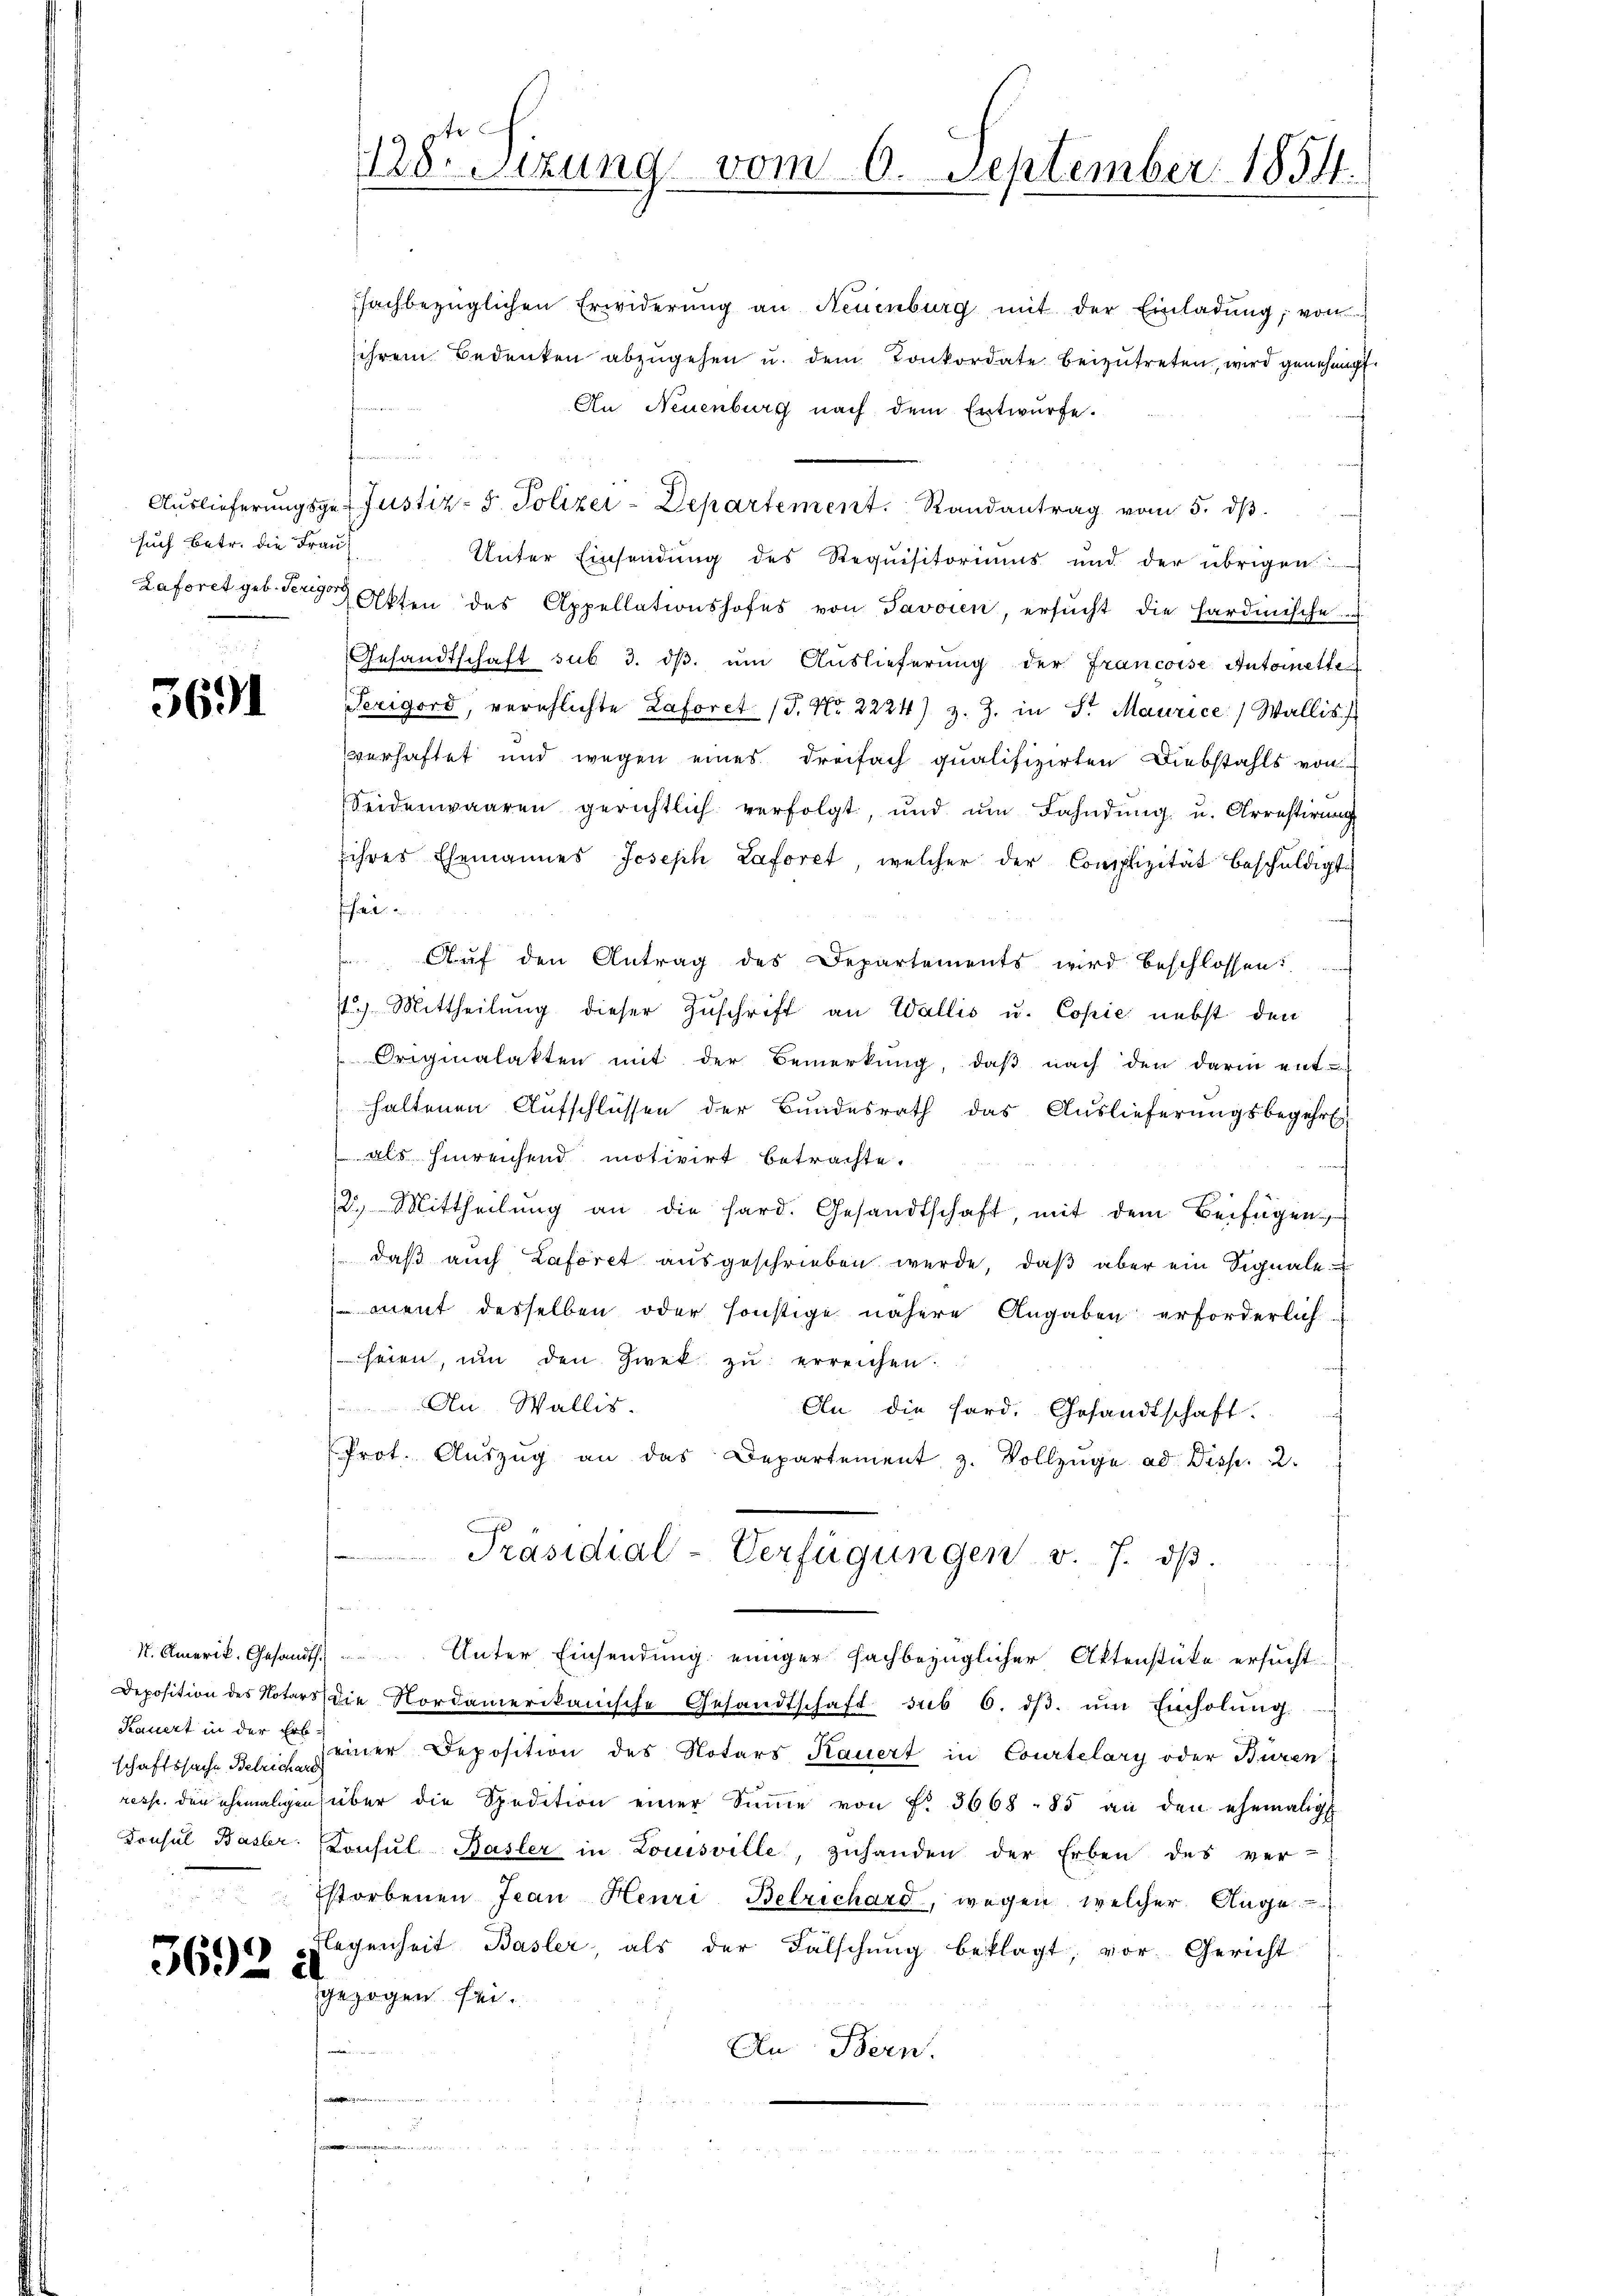
such betr. die Frau¬

5691

schaftssache Betrichard

3692

fachbezüglichen Erwiderŭng an Neuenburg mit der Einladŭng, von
ihrem Bedenken abzŭgehen u. dem Konkordate beizŭtreten, wird genehmigt.
An Neuenburg nach dem Entwurfe.
Auslieferungsge-Justiz-S. Polizei-Departement. Randantrag vom 5. ds.
Unter Einsendung des Requisitoriums und der übrigen
Laforet geb. der Akten des Appellationshofes von Savoren, ersŭcht die Hardinische
Gesandtschaft sub 3. dβ. ŭm Aŭslieferung der Francoise Automette
Terigord, verschlichte Laforet (S. Nr. 2224) z. Z. in St. Maurice) Wallis
verhaftet und wegen eines Dreifach qualifizirten Diebstahls von
Seidenwaaren gerichtlich verfolgt, ŭnd ŭm Bahndŭng u. Arrestirung
ihres Ehemannes Joseph Laforet, welcher der Complizität beschuldigt

 Aŭf den Antrag des Departements wird beschlossen:
) Mittheilŭng dieser Zŭschrift an Wallis u. Copie nebst den
Originalakten mit der Bemerkung, daβ nach den darin ent-
haltenen Aufschlüssen der Bundesrath das Auslieferungsbegehrt
(als hinreichend motivirt betrachte.
u
2.) Mittheilŭng an die hard. Gesandtschaft, mit dem Beifügen
) daß auch Laforet ausgeschrieben wurde, daß aber ein Signale u
ment desselben oder sonstige nähere Angaben erforderlich
heien, um den Zwek zu erreichen
An Wallis.
An die Sard. Gesandtschaft.
Prot. Aŭszŭg an das Departement z. Vollzüge ad Disp. 2.
Präsidial-Verfügungen v. 7. dβ.
N. Amerik. Gesandt. Unter Einsendung einiger Fachbezüglicher Aktenstüke ersucht
Deposition des Notars die Nordamerikanische Gesandtschaft sub 6. dβ. ŭm Einholŭng.
Kauert in der einer Deposition des Notars Kauert in Courtelary oder Büren
resp. den ehemaligen über die Spedition einer Sŭṁe von f. 3668 - 85 an den ehemalig
Consul Basler. Consul Basler in Louisville, zŭhanden der Erben des ver-
Estorbenen Jean Henri Belrichard, wegen welcher Ange
Flegenheit Basler, als der Fälschŭng beklagt, vor Gericht
i
gezogen sei.
An Bern.
e

128. Sitzung vom 6. September 1854.